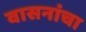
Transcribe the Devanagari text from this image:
वासनांचा